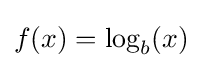
f(x)=\log _{b}(x)